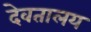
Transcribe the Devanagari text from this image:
देवतालय